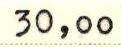
30,00